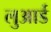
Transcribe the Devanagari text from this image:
लुआर्ड